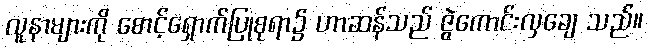
လူနာများကို စောင့်ရှောက်ပြုစုရာ၌ ဟာဆန်သည် ဇွဲကောင်းလှချေ သည်။